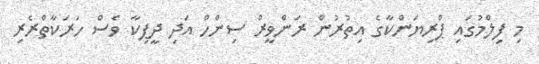
މި ފިލްމުގައި ޕްރިޔަންކާގެ އިތުރުން ރަންވީރް ސިންހް އަދި ދީޕިކާ ވެސް ހަރަކާތްރެރި